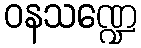
ဝနသဏ္ဍေ